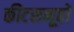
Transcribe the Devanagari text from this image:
कीटसमूहों